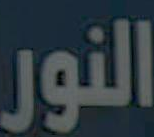
النور